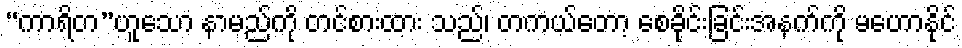
“ကာရိတ”ဟူသော နာမည်ကို တင်စားထား သည်၊ တကယ်တော့ စေခိုင်းခြင်းအနက်ကို မဟောနိုင်